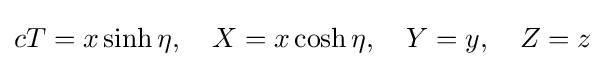
cT=x\sinh \eta ,\quad X=x\cosh \eta ,\quad Y=y,\quad Z=z